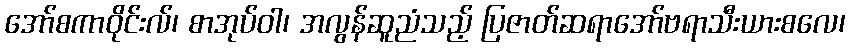
အော်စကာဝိုင်းလ်၊ စာအုပ်ဝါ၊ အလွန်ဆူညံသည့် ပြဇာတ်ဆရာအော်ဗရာသီးယားစလေ၊